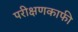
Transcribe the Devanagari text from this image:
परीक्षणकाफी